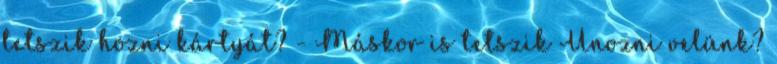
tetszik hozni kártyát? - Máskor is tetszik Unozni velünk?